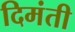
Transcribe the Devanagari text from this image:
दिमंती